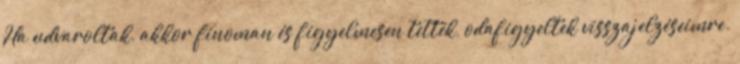
Ha udvaroltak, akkor finoman és figyelmesen tették, odafigyeltek visszajelzéseimre.